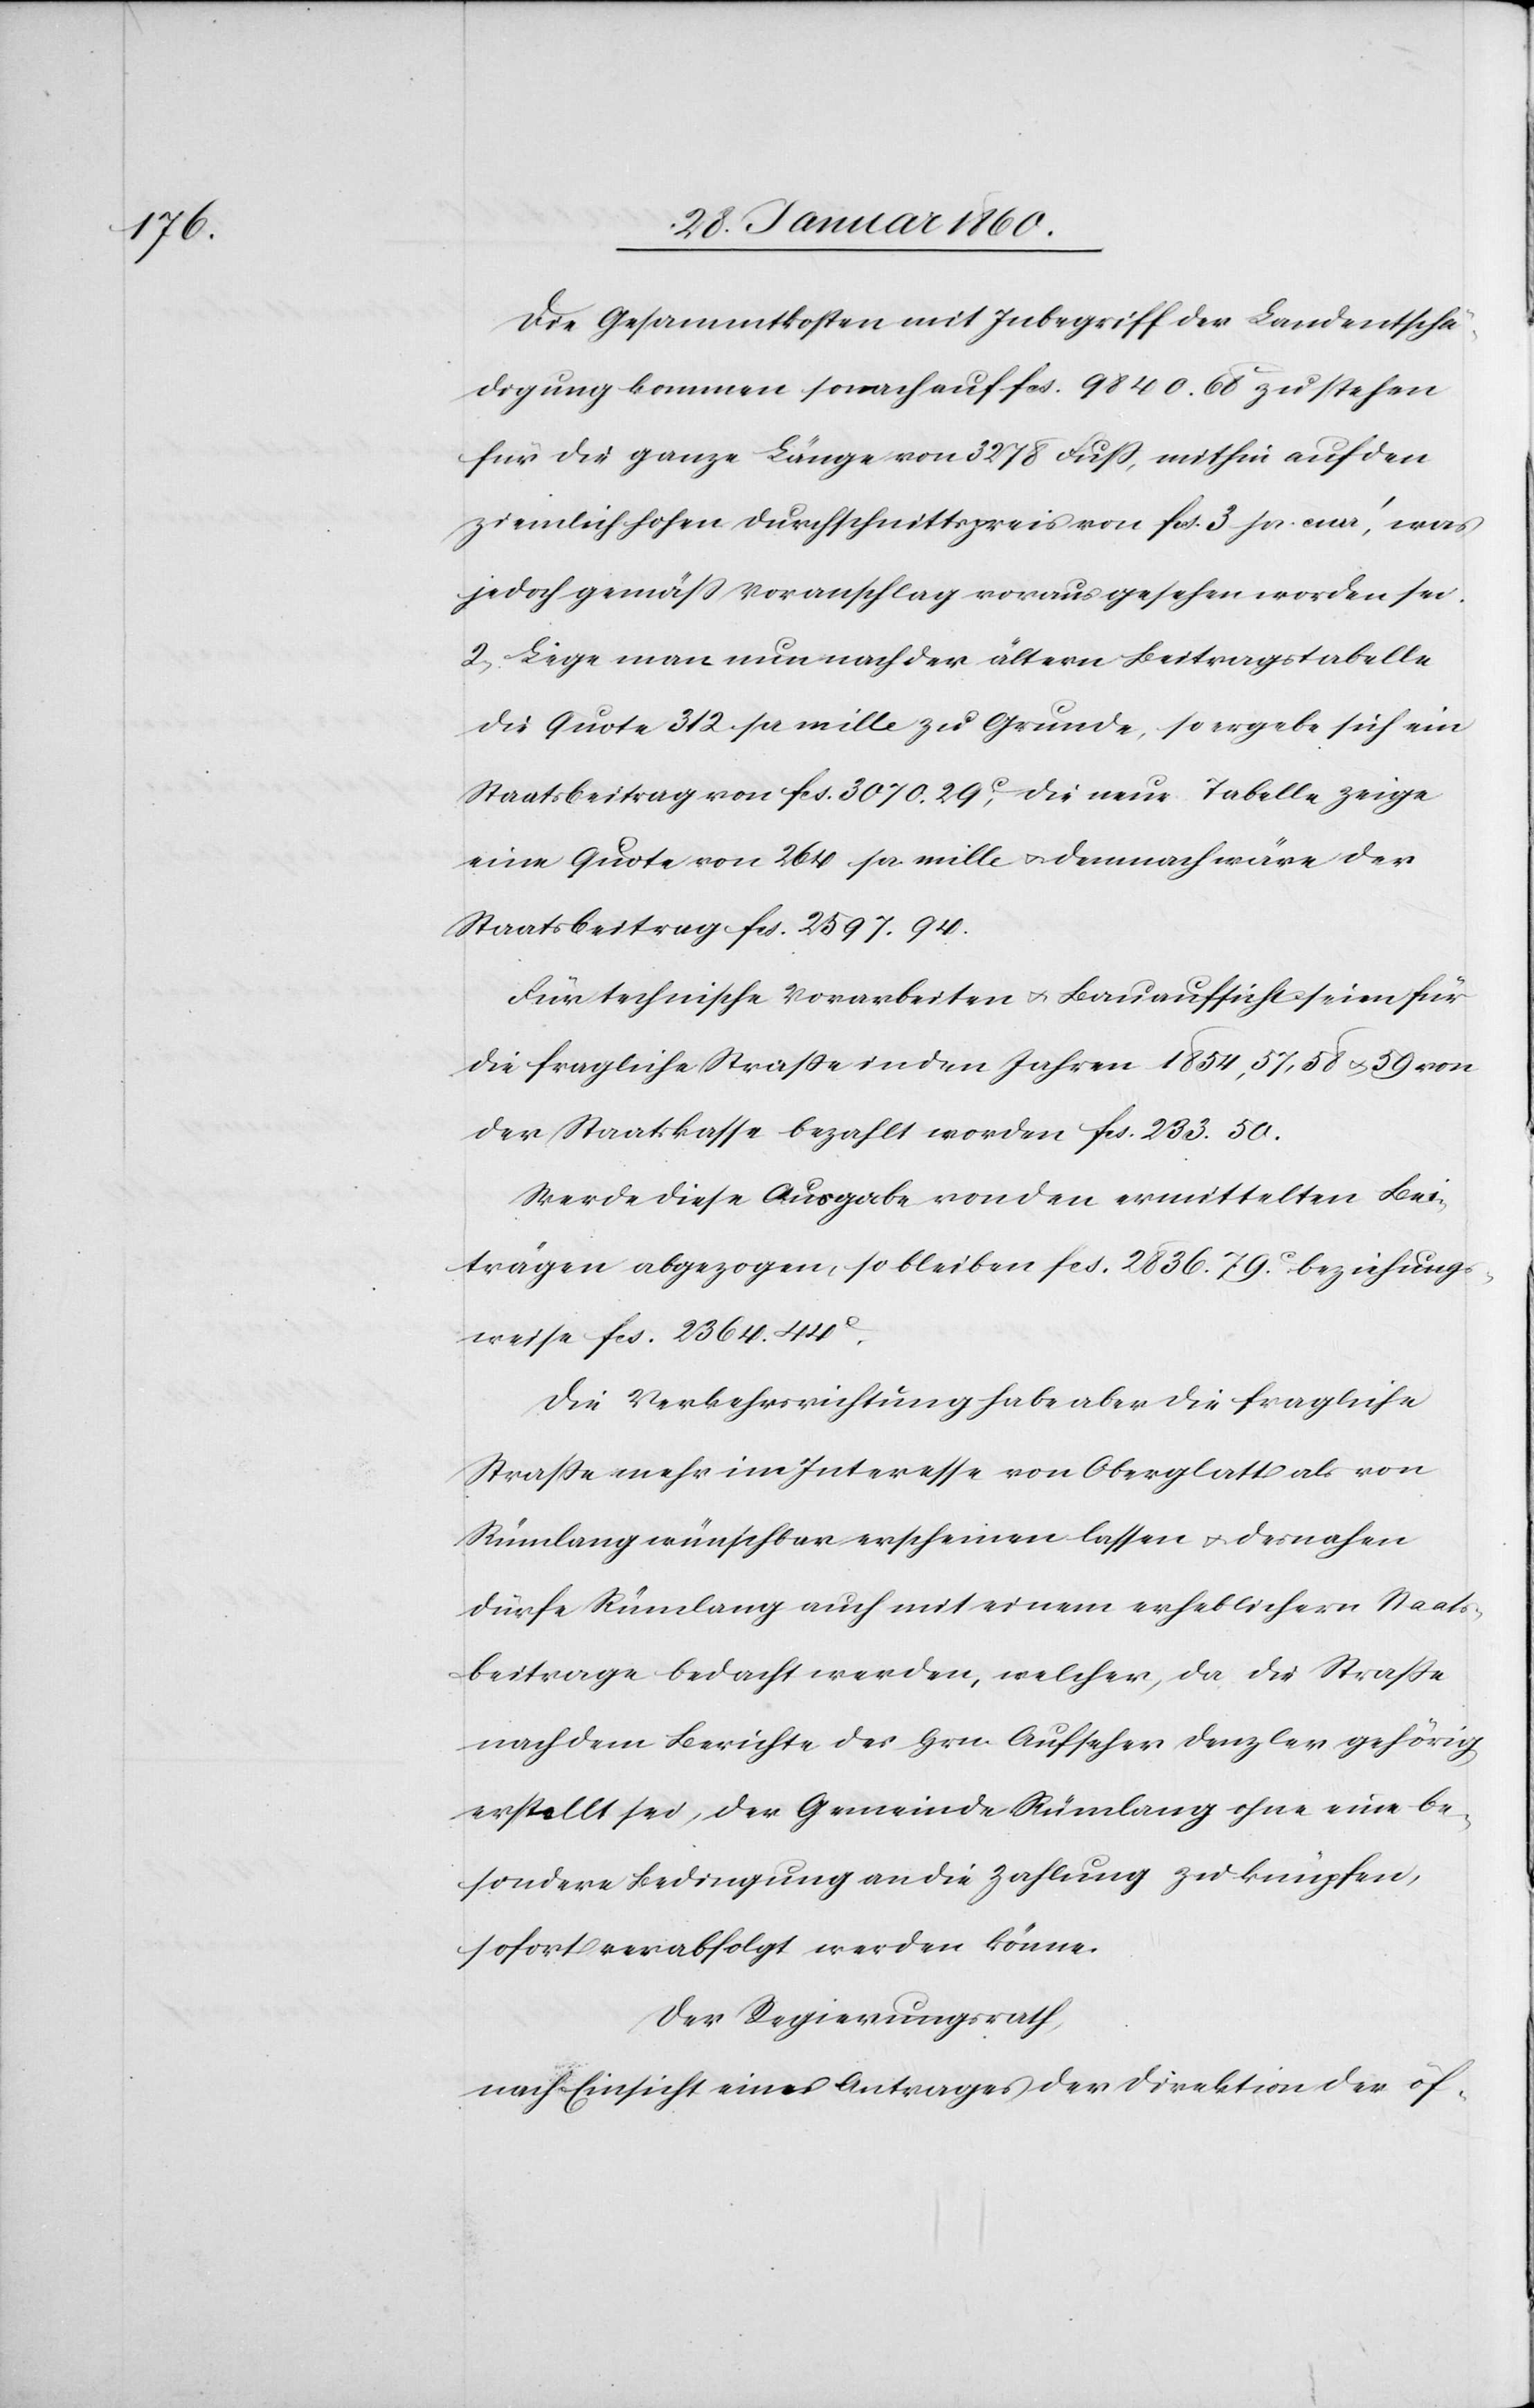
Die Gesamtkosten mit Inbegriff der Landentschä¬
digung kommen sonach auf fcs. 9840 68. zu stehen
für die ganze Länge von 3278 Fuss, mithin auf den
ziemlich hohen Durchschnittspreis von fcs. 3 pr. [?cmr]’, was
jedoch gemäß Voranschlag vorausgesehen worden sei.
2. Lege man nun nach der ältern Beitragstabelle
die Quote 312. pr. mille zu Grunde, so ergebe sich ein
Staatsbeitrag von fcs. 3070. 29C, die neue Tabelle zeige
eine Quote von 264 pr. mille u. demnach wäre der
Staatsbeitrag fcs. 2597. 94.
Für technische Vorarbeiten u. Bauaufsicht seien für
die fragliche Strasse in den Jahren 1854, 57, 58 u. 59 von
der Staatskasse bezahlt worden fcs. 233. 50.
Werde diese Ausgabe von den ermittelten Bei¬
trägen abgezogen, so bleiben fcs. 2836. 79C beziehung¬
sweise fcs. 2364. 44C.
Die Verkehrsrichtung habe aber die fragliche
Strasse mehr im Interesse von Oberglatt als von
Rümlang wünschbar erschienen lassen u. desnahen
dürfe Rümlang auch mit einem erheblichern Staats¬
beitrage bedacht werden, welcher, da die Strasse
nach dem Berichte des Hrn. Aufseher Denzler gehörig
erstellt sei, der Gemeinde Rümlang ohne eine be¬
sondere Bedingung an die Zahlung zu knüpfen,
sofort verabfolgt werden könne.
Der Regierungsrath,
nach Einsicht eines Antrages der Direktion der öf-